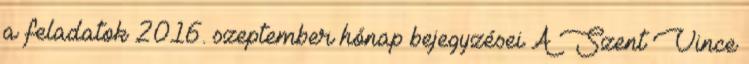
a feladatok 2016. szeptember hónap bejegyzései A Szent Vince